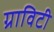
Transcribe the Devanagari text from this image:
ग्राविटी